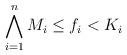
LaTeX: \begin{align*}\bigwedge_{i=1}^{n} M_i \leq f_i < K_i \end{align*}